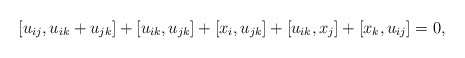
\begin{align*} [u_{ij},u_{ik}+u_{jk}]+[u_{ik},u_{jk}]+[x_i,u_{jk}]+[u_{ik},x_j]+[x_k,u_{ij}]=0,\end{align*}